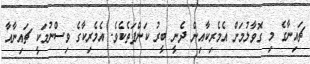
ޗައިނާގެ މި ގޮވާލުމަށް އެމެރިކާއިން ދެނީ ބީރު ކަންފަތެކެވެ. އެމެރިކާގެ ވިސްނުމަކީ ޗައިނާއާ